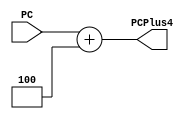
`timescale 1ns / 1ps
/*
 * Copyright (c) 2023 Govardhan
 *
 * Permission is hereby granted, free of charge, to any person obtaining a copy
 * of this software and associated documentation files (the "Software"), to deal
 * in the Software without restriction, including without limitation the rights
 * to use, copy, modify, merge, publish, distribute, sublicense, and/or sell
 * copies of the Software, and to permit persons to whom the Software is
 * furnished to do so, subject to the following conditions:
 *
 * The above copyright notice and this permission notice shall be included in
 * all copies or substantial portions of the Software.
 *
 * THE SOFTWARE IS PROVIDED "AS IS", WITHOUT WARRANTY OF ANY KIND, EXPRESS OR
 * IMPLIED, INCLUDING BUT NOT LIMITED TO THE WARRANTIES OF MERCHANTABILITY,
 * FITNESS FOR A PARTICULAR PURPOSE AND NONINFRINGEMENT. IN NO EVENT SHALL THE
 * AUTHORS OR COPYRIGHT HOLDERS BE LIABLE FOR ANY CLAIM, DAMAGES OR OTHER
 * LIABILITY, WHETHER IN AN ACTION OF CONTRACT, TORT OR OTHERWISE, ARISING FROM,
 * OUT OF OR IN CONNECTION WITH THE SOFTWARE OR THE USE OR OTHER DEALINGS IN
 * THE SOFTWARE.
 */

module PC_Plus_4(
		 input wire [31:0]  PC,
		 output wire [31:0] PCPlus4 );

   assign PCPlus4 = PC + 32'd4;

endmodule